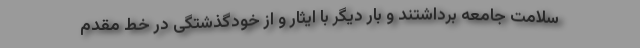
سلامت جامعه برداشتند و بار دیگر با ایثار و از خودگذشتگی در خط مقدم